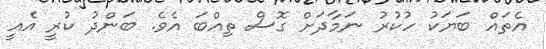
އެތައް ބަޔަކު ހުކުރު ނަމާދަށް ގޮސް ތިއްބަ އެވެ. ބަންދު ކުރީ އެއީ